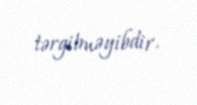
tərgitməyibdir.